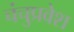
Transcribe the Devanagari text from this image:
चंचुप्रवेश